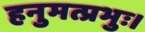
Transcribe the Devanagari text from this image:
हनुमत्प्रभुः।